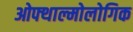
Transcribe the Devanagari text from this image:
ओफ्थाल्मोलोगिक